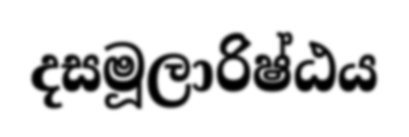
දසමූලාරිෂ්ඨය